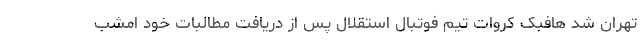
تهران شد هافبک کروات تیم فوتبال استقلال پس از دریافت مطالبات خود امشب